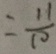
= \frac { 1 1 } { 1 0 }